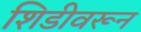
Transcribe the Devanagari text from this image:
शिडीवरून